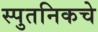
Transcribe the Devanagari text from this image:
स्पुतनिकचे